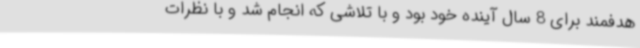
هدفمند برای 8 سال آینده خود بود و با تلاشی که انجام شد و با نظرات